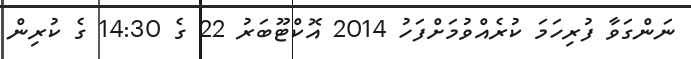
ނަންގަވާ ފުރިހަމަ ކުރެއްވުމަށްފަހު 2014 އޮކްޓޫބަރު 22 ގެ 14:30 ގެ ކުރިން